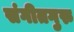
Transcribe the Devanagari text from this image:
संगीतगुरु